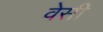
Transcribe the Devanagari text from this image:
वेसी